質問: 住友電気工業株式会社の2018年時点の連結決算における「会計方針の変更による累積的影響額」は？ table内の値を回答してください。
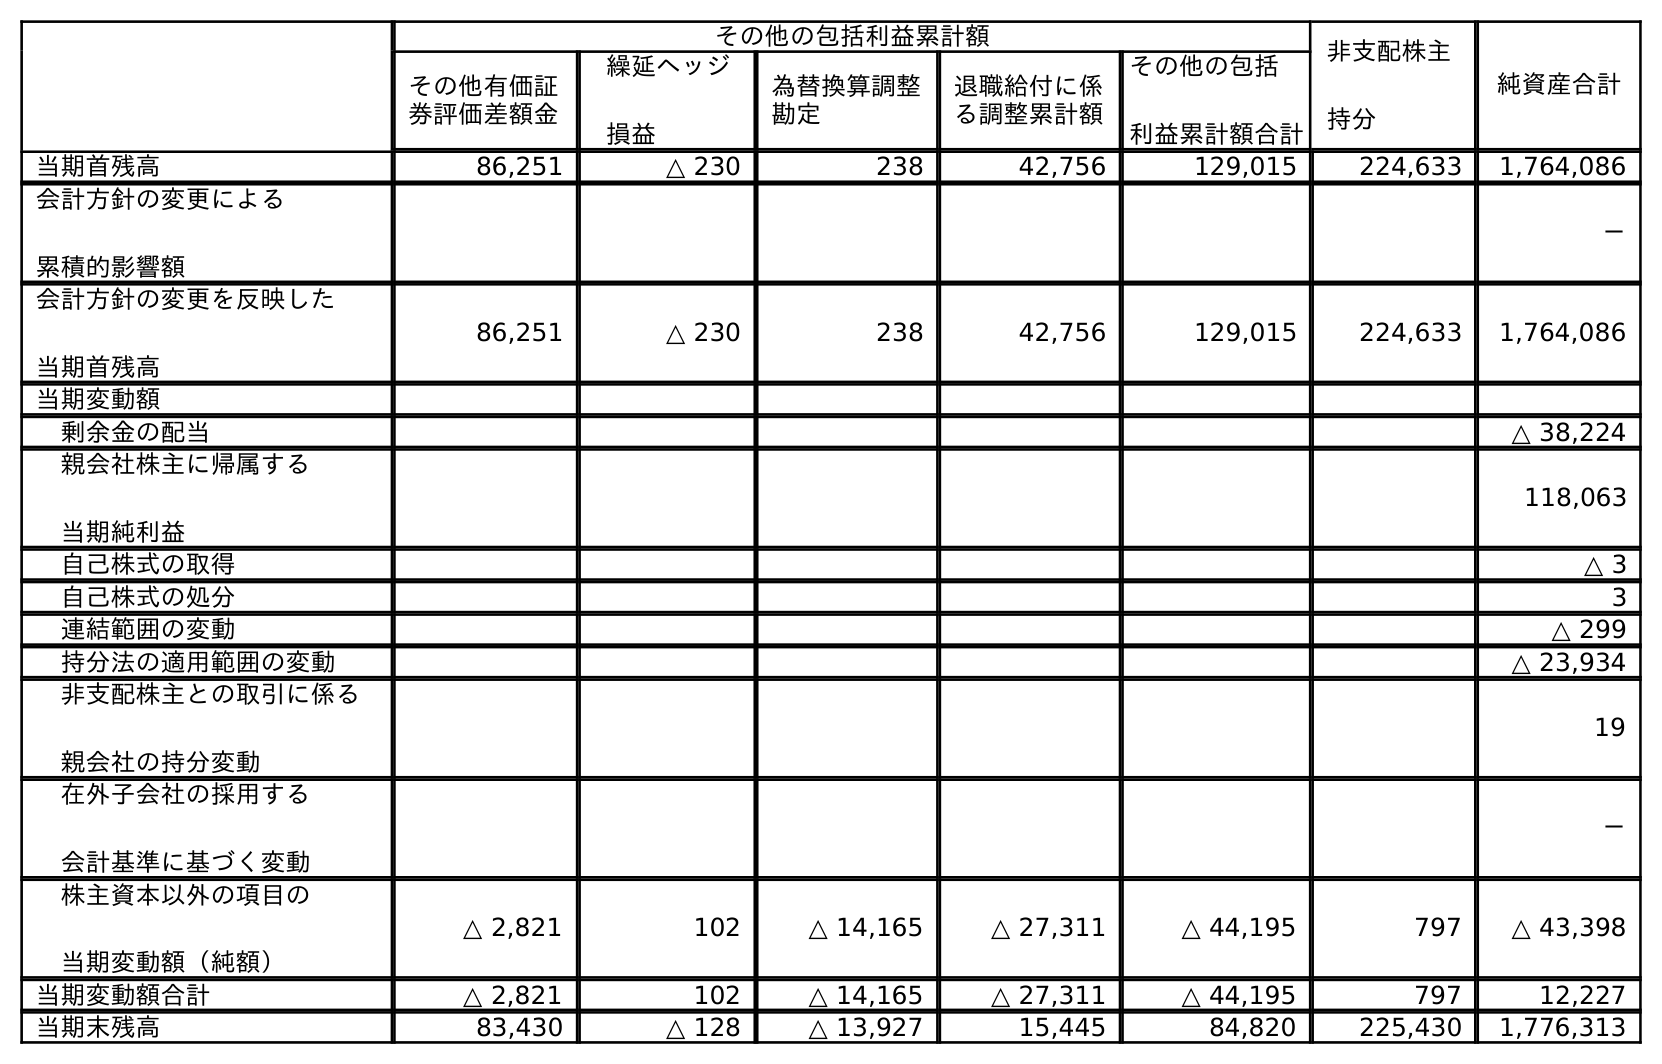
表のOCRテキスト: その他の包括利益累計額 非支配株主 持分 純資産合計 その他有価証 券評価差額金 繰延ヘッジ 損益 為替換算調整 勘定 退職給付に係 る調整累計額 その他の包括 利益累計額合計 当期首残高 86,251 △ 230 238 42,756 129,015 224,633 1,764,086 会計方針の変更による 累積的影響額 － 会計方針の変更を反映した 当期首残高 86,251 △ 230 238 42,756 129,015 224,633 1,764,086 当期変動額 剰余金の配当 △ 38,224 親会社株主に帰属する 当期純利益 118,063 自己株式の取得 △ 3 自己株式の処分 3 連結範囲の変動 △ 299 持分法の適用範囲の変動 △ 23,934 非支配株主との取引に係る 親会社の持分変動 19 在外子会社の採用する 会計基準に基づく変動 － 株主資本以外の項目の 当期変動額（純額） △ 2,821 102 △ 14,165 △ 27,311 △ 44,195 797 △ 43,398 当期変動額合計 △ 2,821 102 △ 14,165 △ 27,311 △ 44,195 797 12,227 当期末残高 83,430 △ 128 △ 13,927 15,445 84,820 225,430 1,776,313
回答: －